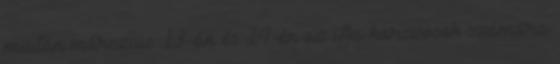
miután márczius 13-án és 14-én az ifju harczosok számára